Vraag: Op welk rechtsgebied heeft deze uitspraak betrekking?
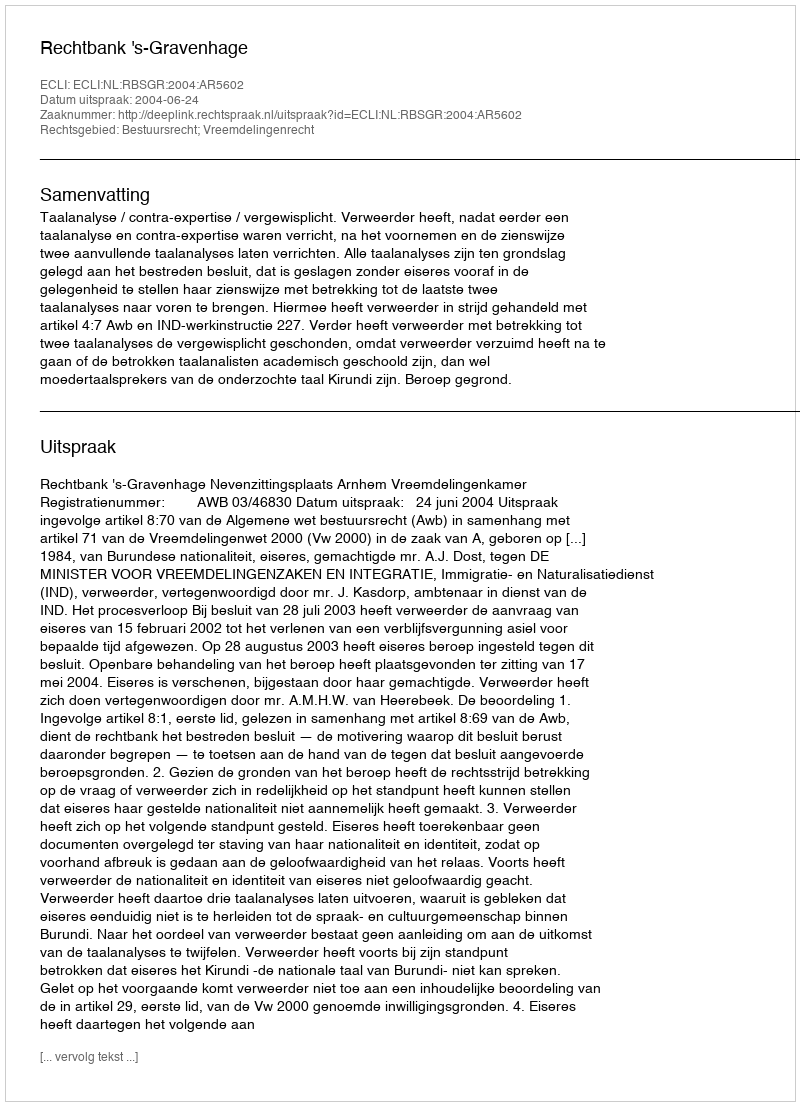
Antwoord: Bestuursrecht; Vreemdelingenrecht